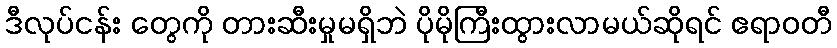
ဒီလုပ်ငန်း တွေကို တားဆီးမှုမရှိဘဲ ပိုမိုကြီးထွားလာမယ်ဆိုရင် ဧရာဝတီ